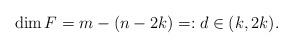
LaTeX: \begin{align*}\dim F=m-(n-2k)=:d\in (k,2k).\end{align*}